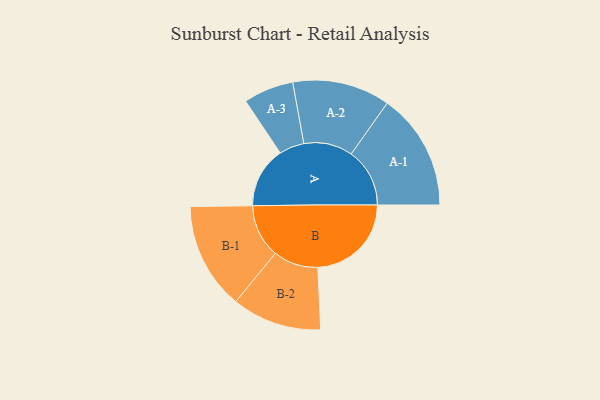
{"axis": {"x": "Segment", "y": "Value"}, "legend": ["", "A", "B"], "data": [{"x": "A", "y": 277, "type": ""}, {"x": "B", "y": 425, "type": ""}, {"x": "A-1", "y": 266, "type": "A"}, {"x": "A-2", "y": 222, "type": "A"}, {"x": "A-3", "y": 114, "type": "A"}, {"x": "B-1", "y": 243, "type": "B"}, {"x": "B-2", "y": 204, "type": "B"}]}